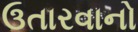
ઉતારવાનો